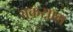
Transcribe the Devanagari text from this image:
अक़साम